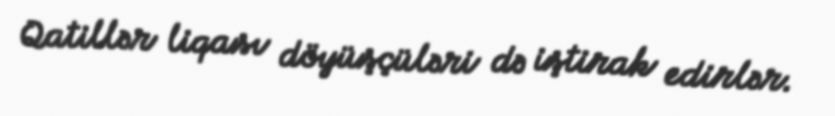
Qatillər liqası döyüşçüləri də iştirak edirlər.